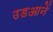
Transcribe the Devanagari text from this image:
उडआनें